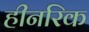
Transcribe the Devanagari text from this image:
हीनरिक